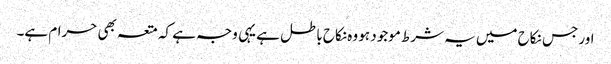
اور جس نکاح میں یہ شرط موجود ہو وہ نکاح باطل ہے یہی وجہ ہے کہ متعہ بھی حرام ہے۔